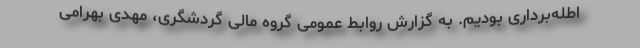
اطله‌برداری بودیم. به گزارش روابط عمومی گروه مالی گردشگری، مهدی بهرامی